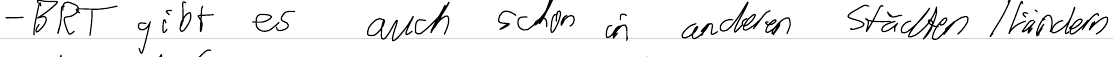
- BRT gibt es auch schon in anderen Städten / Ländern